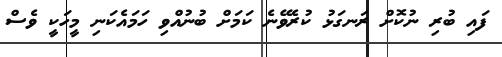
ފައި ބުރި ނުކޮށް ރަނގަޅު ކުރެވޭނެ ކަމަށް ބުނުއްވި ހަމައެކަނި މީހަކީ ވެސް